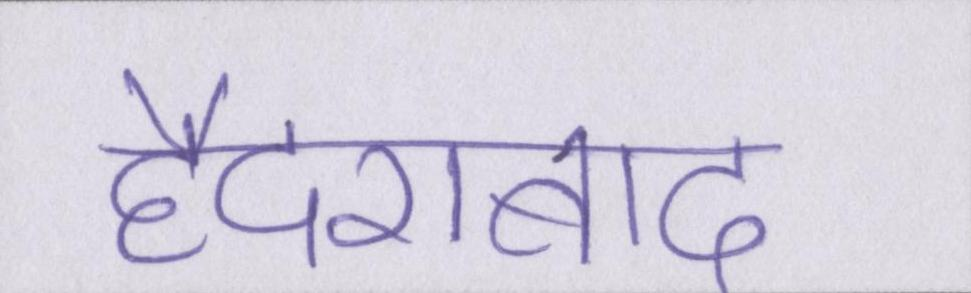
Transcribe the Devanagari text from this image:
हैदराबाद